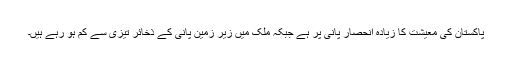
پاکستان کی معیشت کا زیادہ انحصار پانی پر ہے جبکہ ملک میں زیر زمین پانی کے ذخائر تیزی سے کم ہو رہے ہیں۔